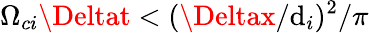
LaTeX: \Omega_{ci}\Deltat<(\Deltax/\mathrm{d}_{i})^{2}/\pi